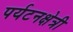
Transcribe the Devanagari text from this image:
पर्यटनक्षेत्री